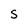
Character: S